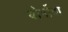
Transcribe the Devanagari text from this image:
बोर्नोवा